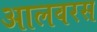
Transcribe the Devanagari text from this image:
आलवरस